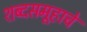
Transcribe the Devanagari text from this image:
शब्दसमूहाचे